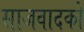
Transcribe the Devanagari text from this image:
साजवादकों